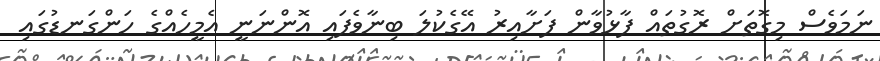
ނަމަވެސް މިގޮތަށް ރޮގުތައް ފާޅުވާން ފަށާއިރު އޭގެކުލަ ބިނާވެފައި އޮންނަނީ އެމީހެއްގެ ހަންގަނޑުގައި